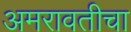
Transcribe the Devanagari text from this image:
अमरावतीचा